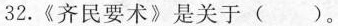
32.《齐民要术》是关于()。